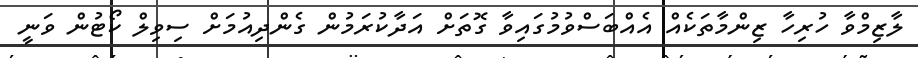
ލާޒިމްވާ ހުރިހާ ޒިންމާތަކެއް އެއްބަސްވުމުގައިވާ ގޮތަށް އަދާކުރަމުން ގެންދިއުމަށް ސިވިލް ކޯޓުން ވަނީ